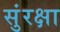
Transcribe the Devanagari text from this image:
सुंरक्षा